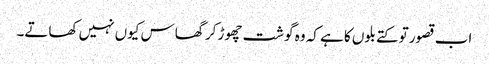
اب قصور تو کتے بلوں کا ہے کہ وہ گوشت چھوڑ کر گھاس کیوں نہیں کھاتے۔